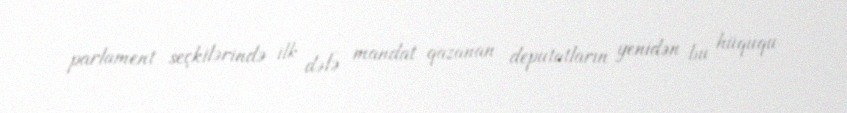
parlament seçkilərində ilk dəfə mandat qazanan deputatların yenidən bu hüququ